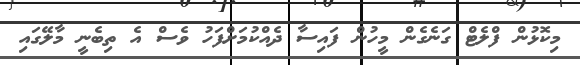
މިކޮޅުން ފްލެޓް ގަނެގެން މީހުން ފައިސާ ދެއްކުމަށްފަހު ވެސް އެ ތިބެނީ މާލޭގައި